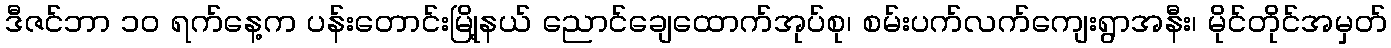
ဒီဇင်ဘာ ၁၀ ရက်နေ့က ပန်းတောင်းမြို့နယ် ညောင်ချေထောက်အုပ်စု၊ စမ်းပက်လက်ကျေးရွာအနီး၊ မိုင်တိုင်အမှတ်